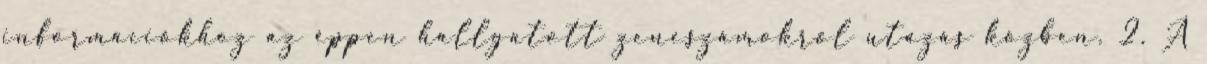
információkhoz az éppen hallgatott zeneszámokról utazás közben. 2. A